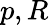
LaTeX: p,R